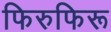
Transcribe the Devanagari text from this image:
फिरुफिरू